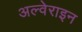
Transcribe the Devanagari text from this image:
अल्वेराइन